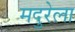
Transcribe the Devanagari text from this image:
मदुरेला